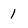
Character: 1